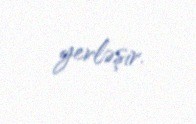
yerləşir.